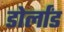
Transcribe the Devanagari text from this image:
डोर्लांड